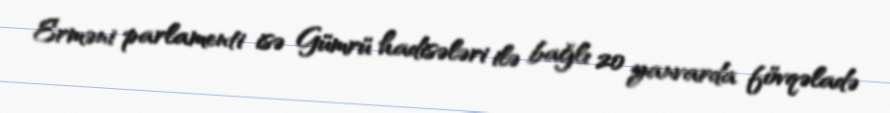
Erməni parlamenti isə Gümrü hadisələri ilə bağlı 20 yanvarda fövqəladə